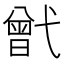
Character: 𢎒